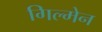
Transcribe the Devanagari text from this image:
गिल्मेन